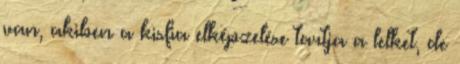
van, akiben a kisfia elképzelése tartja a lelket, de